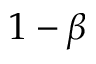
1 - \beta